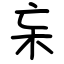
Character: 杗